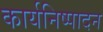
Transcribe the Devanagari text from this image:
कार्यनिष्‍पादन